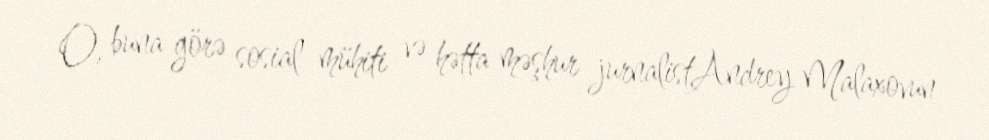
O, buna görə sosial mühiti və hətta məşhur jurnalistAndrey Malaxovun